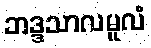
ဘဒ္ဒသာလမူလံ